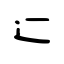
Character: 辷